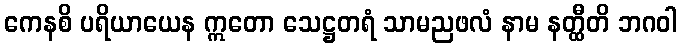
ကေနစိ ပရိယာယေန ဣတော သေဋ္ဌတရံ သာမညဖလံ နာမ နတ္ထီတိ ဘဂဝါ